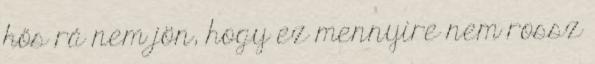
hős rá nem jön, hogy ez mennyire nem rossz